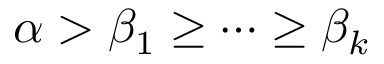
\alpha > \beta _ { 1 } \geq \cdots \geq \beta _ { k }